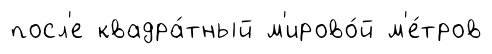
посл'е квадра́тный м'ирово́й м'е́тров